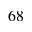
^ { 6 8 }